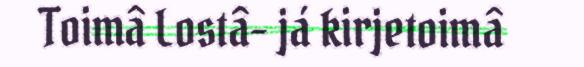
Toimâ Lostâ- já kirjetoimâ